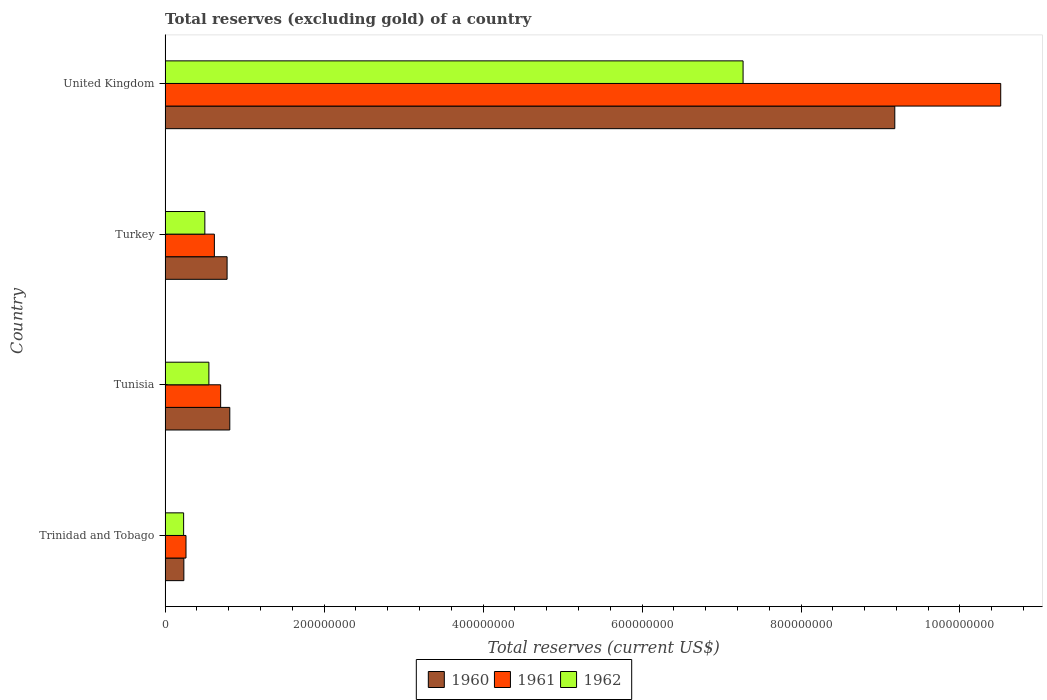
| Country | 1960 | 1961 | 1962 |
 | --- | --- | --- | --- |
 | Trinidad and Tobago | 2.36e+07 | 2.63e+07 | 2.33e+07 |
 | Tunisia | 8.14e+07 | 6.99e+07 | 5.51e+07 |
 | Turkey | 7.8e+07 | 6.2e+07 | 5e+07 |
 | United Kingdom | 9.18e+08 | 1.05e+09 | 7.27e+08 |